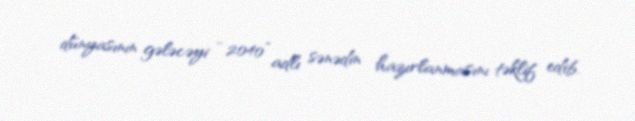
dünyasının gələcəyi - 2040” adlı sənədin hazırlanmasını təklif edib.